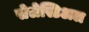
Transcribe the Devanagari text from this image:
सेलेस्टिअल